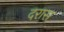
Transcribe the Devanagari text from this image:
दरास